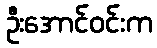
ဦးအောင်ဝင်းက